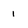
Character: 1